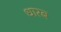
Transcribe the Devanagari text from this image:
धारब